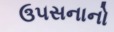
ઉ૫સનાનો